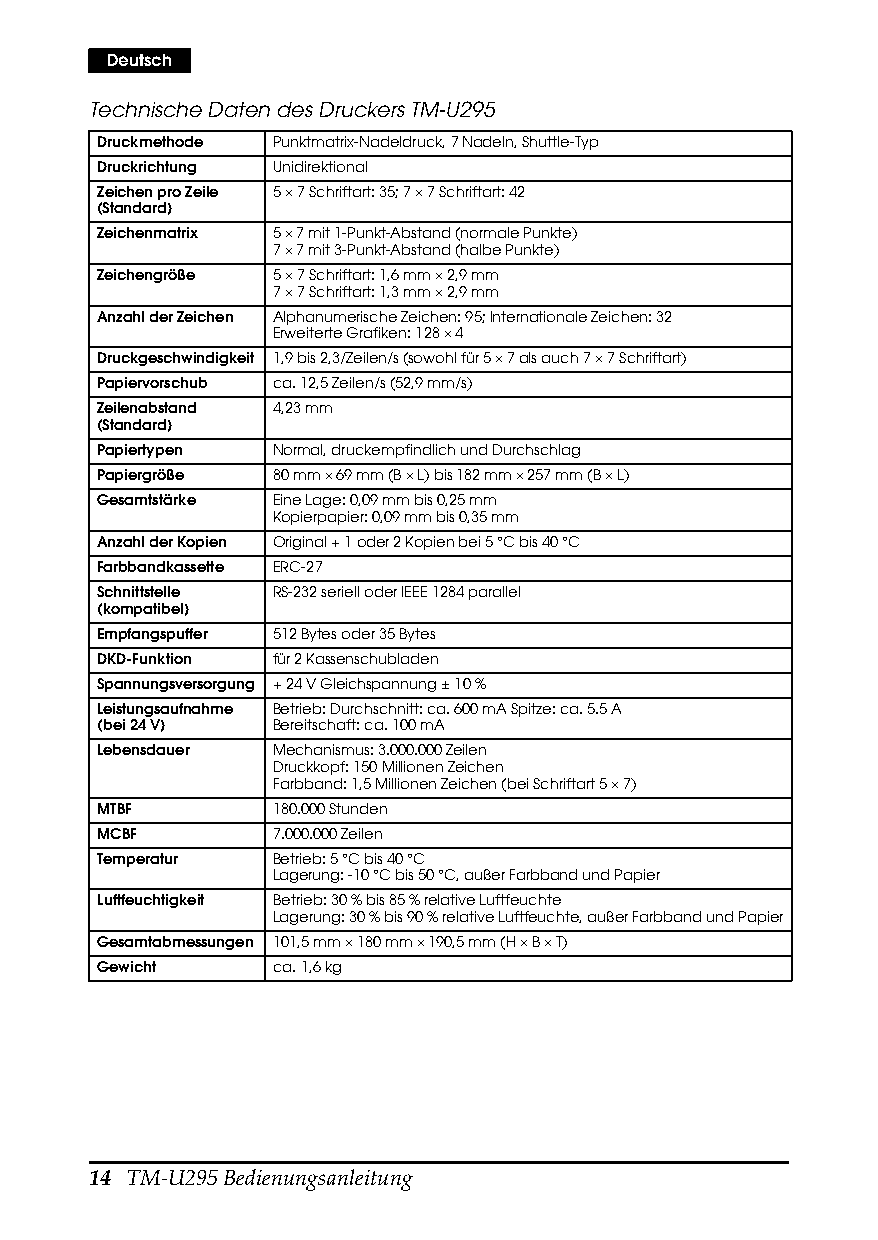
Deutsch
 Technische Daten des Druckers TM-U295
 Druckmethode Punktmatrix-Nadeldruck, 7 Nadeln, Shuttle-Typ
 Druckrichtung Unidirektional
 Zeichen pro Zeile 5 × 7 Schriftart: 35; 7 × 7 Schriftart: 42
 (Standard)
 Zeichenmatrix 5 × 7 mit 1-Punkt-Abstand (normale Punkte)
 7 × 7 mit 3-Punkt-Abstand (halbe Punkte)
 Zeichengröße 5 × 7 Schriftart: 1,6 mm × 2,9 mm
 7 × 7 Schriftart: 1,3 mm × 2,9 mm
 Anzahl der Zeichen Alphanumerische Zeichen: 95; Internationale Zeichen: 32
 Erweiterte Grafiken: 128 × 4
 Druckgeschwindigkeit 1,9 bis 2,3/Zeilen/s (sowohl für 5 × 7 als auch 7 × 7 Schriftart)
 Papiervorschub ca. 12,5 Zeilen/s (52,9 mm/s)
 Zeilenabstand 4,23 mm
 (Standard)
 Papiertypen Normal, druckempfindlich und Durchschlag
 Papiergröße 80 mm × 69 mm (B × L) bis 182 mm × 257 mm (B × L)
 Gesamtstärke Eine Lage: 0,09 mm bis 0,25 mm
 Kopierpapier: 0,09 mm bis 0,35 mm
 Anzahl der Kopien Original + 1 oder 2 Kopien bei 5 °C bis 40 °C
 Farbbandkassette ERC-27
 Schnittstelle RS-232 seriell oder IEEE 1284 parallel
 (kompatibel)
 Empfangspuffer 512 Bytes oder 35 Bytes
 DKD-Funktion für 2 Kassenschubladen
 Spannungsversorgung + 24 V Gleichspannung ± 10%
 Leistungsaufnahme Betrieb: Durchschnitt: ca. 600 mA Spitze: ca. 5.5 A
 (bei 24 V)  Bereitschaft: ca. 100 mA
 Lebensdauer Mechanismus: 3.000.000 Zeilen
 Druckkopf: 150 Millionen Zeichen
 Farbband: 1,5 Millionen Zeichen (bei Schriftart 5 × 7)
 MTBF        180.000 Stunden
 MCBF        7.000.000 Zeilen
 Temperatur  Betrieb: 5 °C bis 40°C
 Lagerung: -10 °C bis 50°C, außer Farbband und Papier
 Luftfeuchtigkeit Betrieb: 30% bis 85% relative Luftfeuchte
 Lagerung: 30% bis 90% relative Luftfeuchte, außer Farbband und Papier
 Gesamtabmessungen 101,5 mm × 180 mm × 190,5 mm (H × B × T)
 Gewicht     ca. 1,6 kg
 14 TM-U295 Bedienungsanleitung